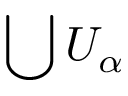
\bigcup U _ { \alpha }